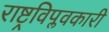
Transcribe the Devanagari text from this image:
राष्ट्रविप्लवकारी